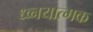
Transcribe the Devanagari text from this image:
ध्व्नयात्मक